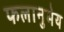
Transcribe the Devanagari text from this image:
फलानुमेय